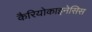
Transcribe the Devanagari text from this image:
कैरियोकाइनेसिस